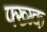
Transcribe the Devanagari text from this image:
फ्ख्ग्क